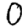
Digit: 0